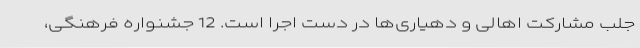
جلب مشارکت اهالی و دهیاری‌ها در دست اجرا است. 12 جشنواره فرهنگی،